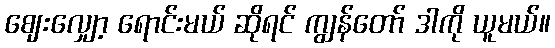
ဈေးလျှော့ ရောင်းမယ် ဆိုရင် ကျွန်တော် ဒါကို ယူမယ်။